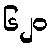
၆၂၀